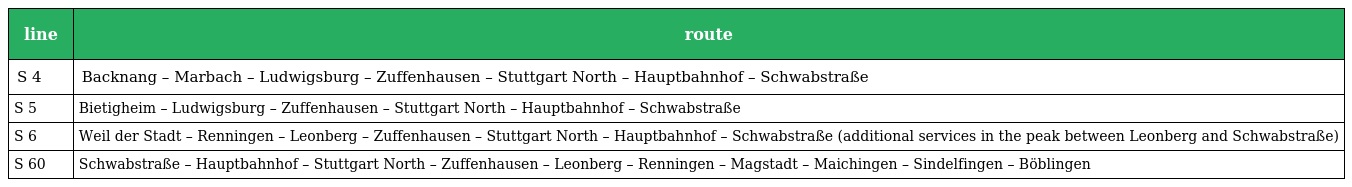
| line | route |
 | --- | --- |
 | S 4 | Backnang – Marbach – Ludwigsburg – Zuffenhausen – Stuttgart North – Hauptbahnhof – Schwabstraße |
 | S 5 | Bietigheim – Ludwigsburg – Zuffenhausen – Stuttgart North – Hauptbahnhof – Schwabstraße |
 | S 6 | Weil der Stadt – Renningen – Leonberg – Zuffenhausen – Stuttgart North – Hauptbahnhof – Schwabstraße (additional services in the peak between Leonberg and Schwabstraße) |
 | S 60 | Schwabstraße – Hauptbahnhof – Stuttgart North – Zuffenhausen – Leonberg – Renningen – Magstadt – Maichingen – Sindelfingen – Böblingen |